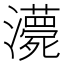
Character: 𤃫